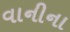
વાનીના